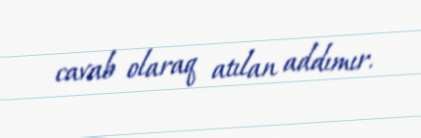
cavab olaraq atılan addımır.